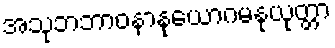
အသုဘဘာဝနာနုယောဂမနုယုတ္တာ